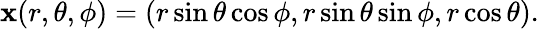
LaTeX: \mathbf{x}(r,\theta,\phi)=(r\sin\theta\cos\phi,r\sin\theta\sin\phi,r\cos\theta).